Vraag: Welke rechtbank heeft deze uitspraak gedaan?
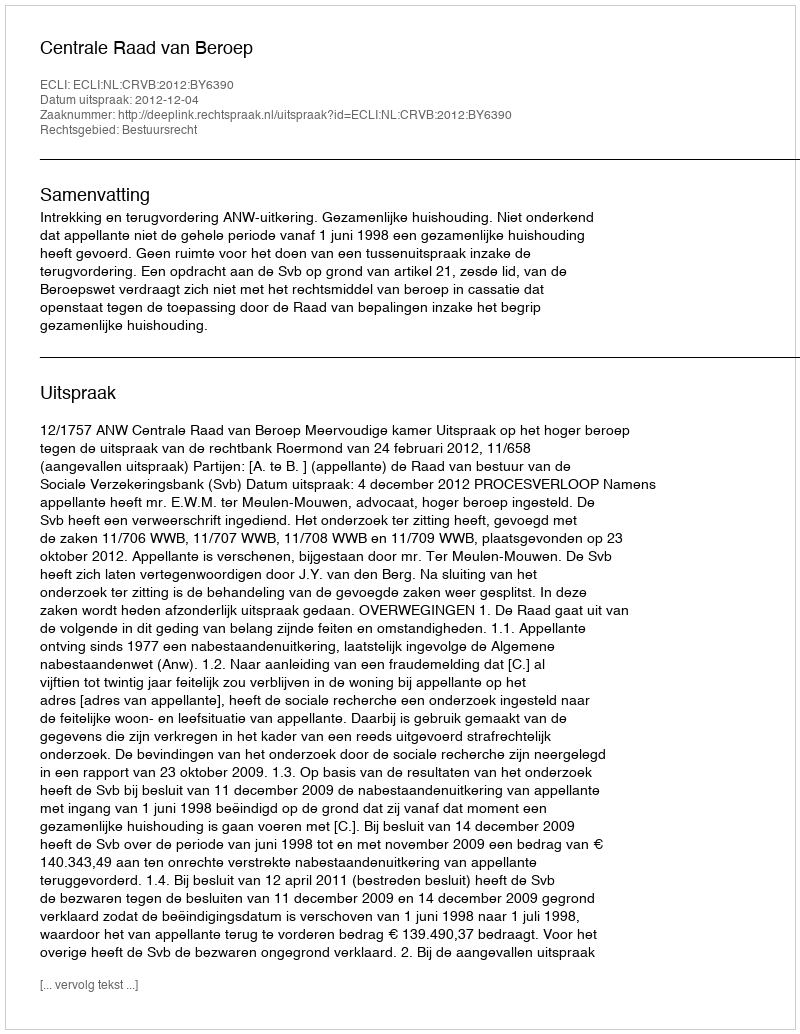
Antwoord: Centrale Raad van Beroep